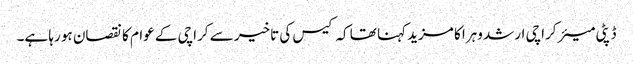
ڈپٹی میئر کراچی ارشد وہرا کا مزید کہنا تھا کہ کیس کی تاخیر سے کراچی کے عوام کا نقصان ہو رہا ہے۔